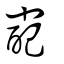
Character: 嶏